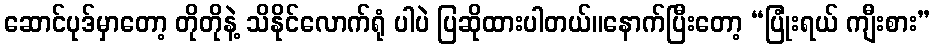
ဆောင်ပုဒ်မှာတော့ တိုတိုနဲ့ သိနိုင်လောက်ရုံ ပါပဲ ပြဆိုထားပါတယ်။နောက်ပြီးတော့ “ပြုံးရယ် ကျီးစား”